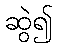
ဆွဲ၍